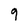
Character: 9